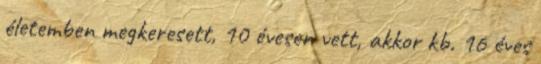
életemben megkeresett, 10 évesen vett, akkor kb. 16 éves